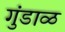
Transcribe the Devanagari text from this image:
गुंडाळ